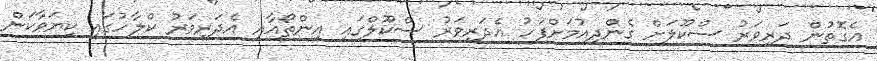
އެގޮތުން ދަރިވަރު ސްކޫލަށް ގެންދިއުމަށްފަހު އެދަރިވަރު ސްކޫލްގައި އިންތޯއާއި އެދަރިވަރު ކްލާހުގައި ކިޔަވާކަން